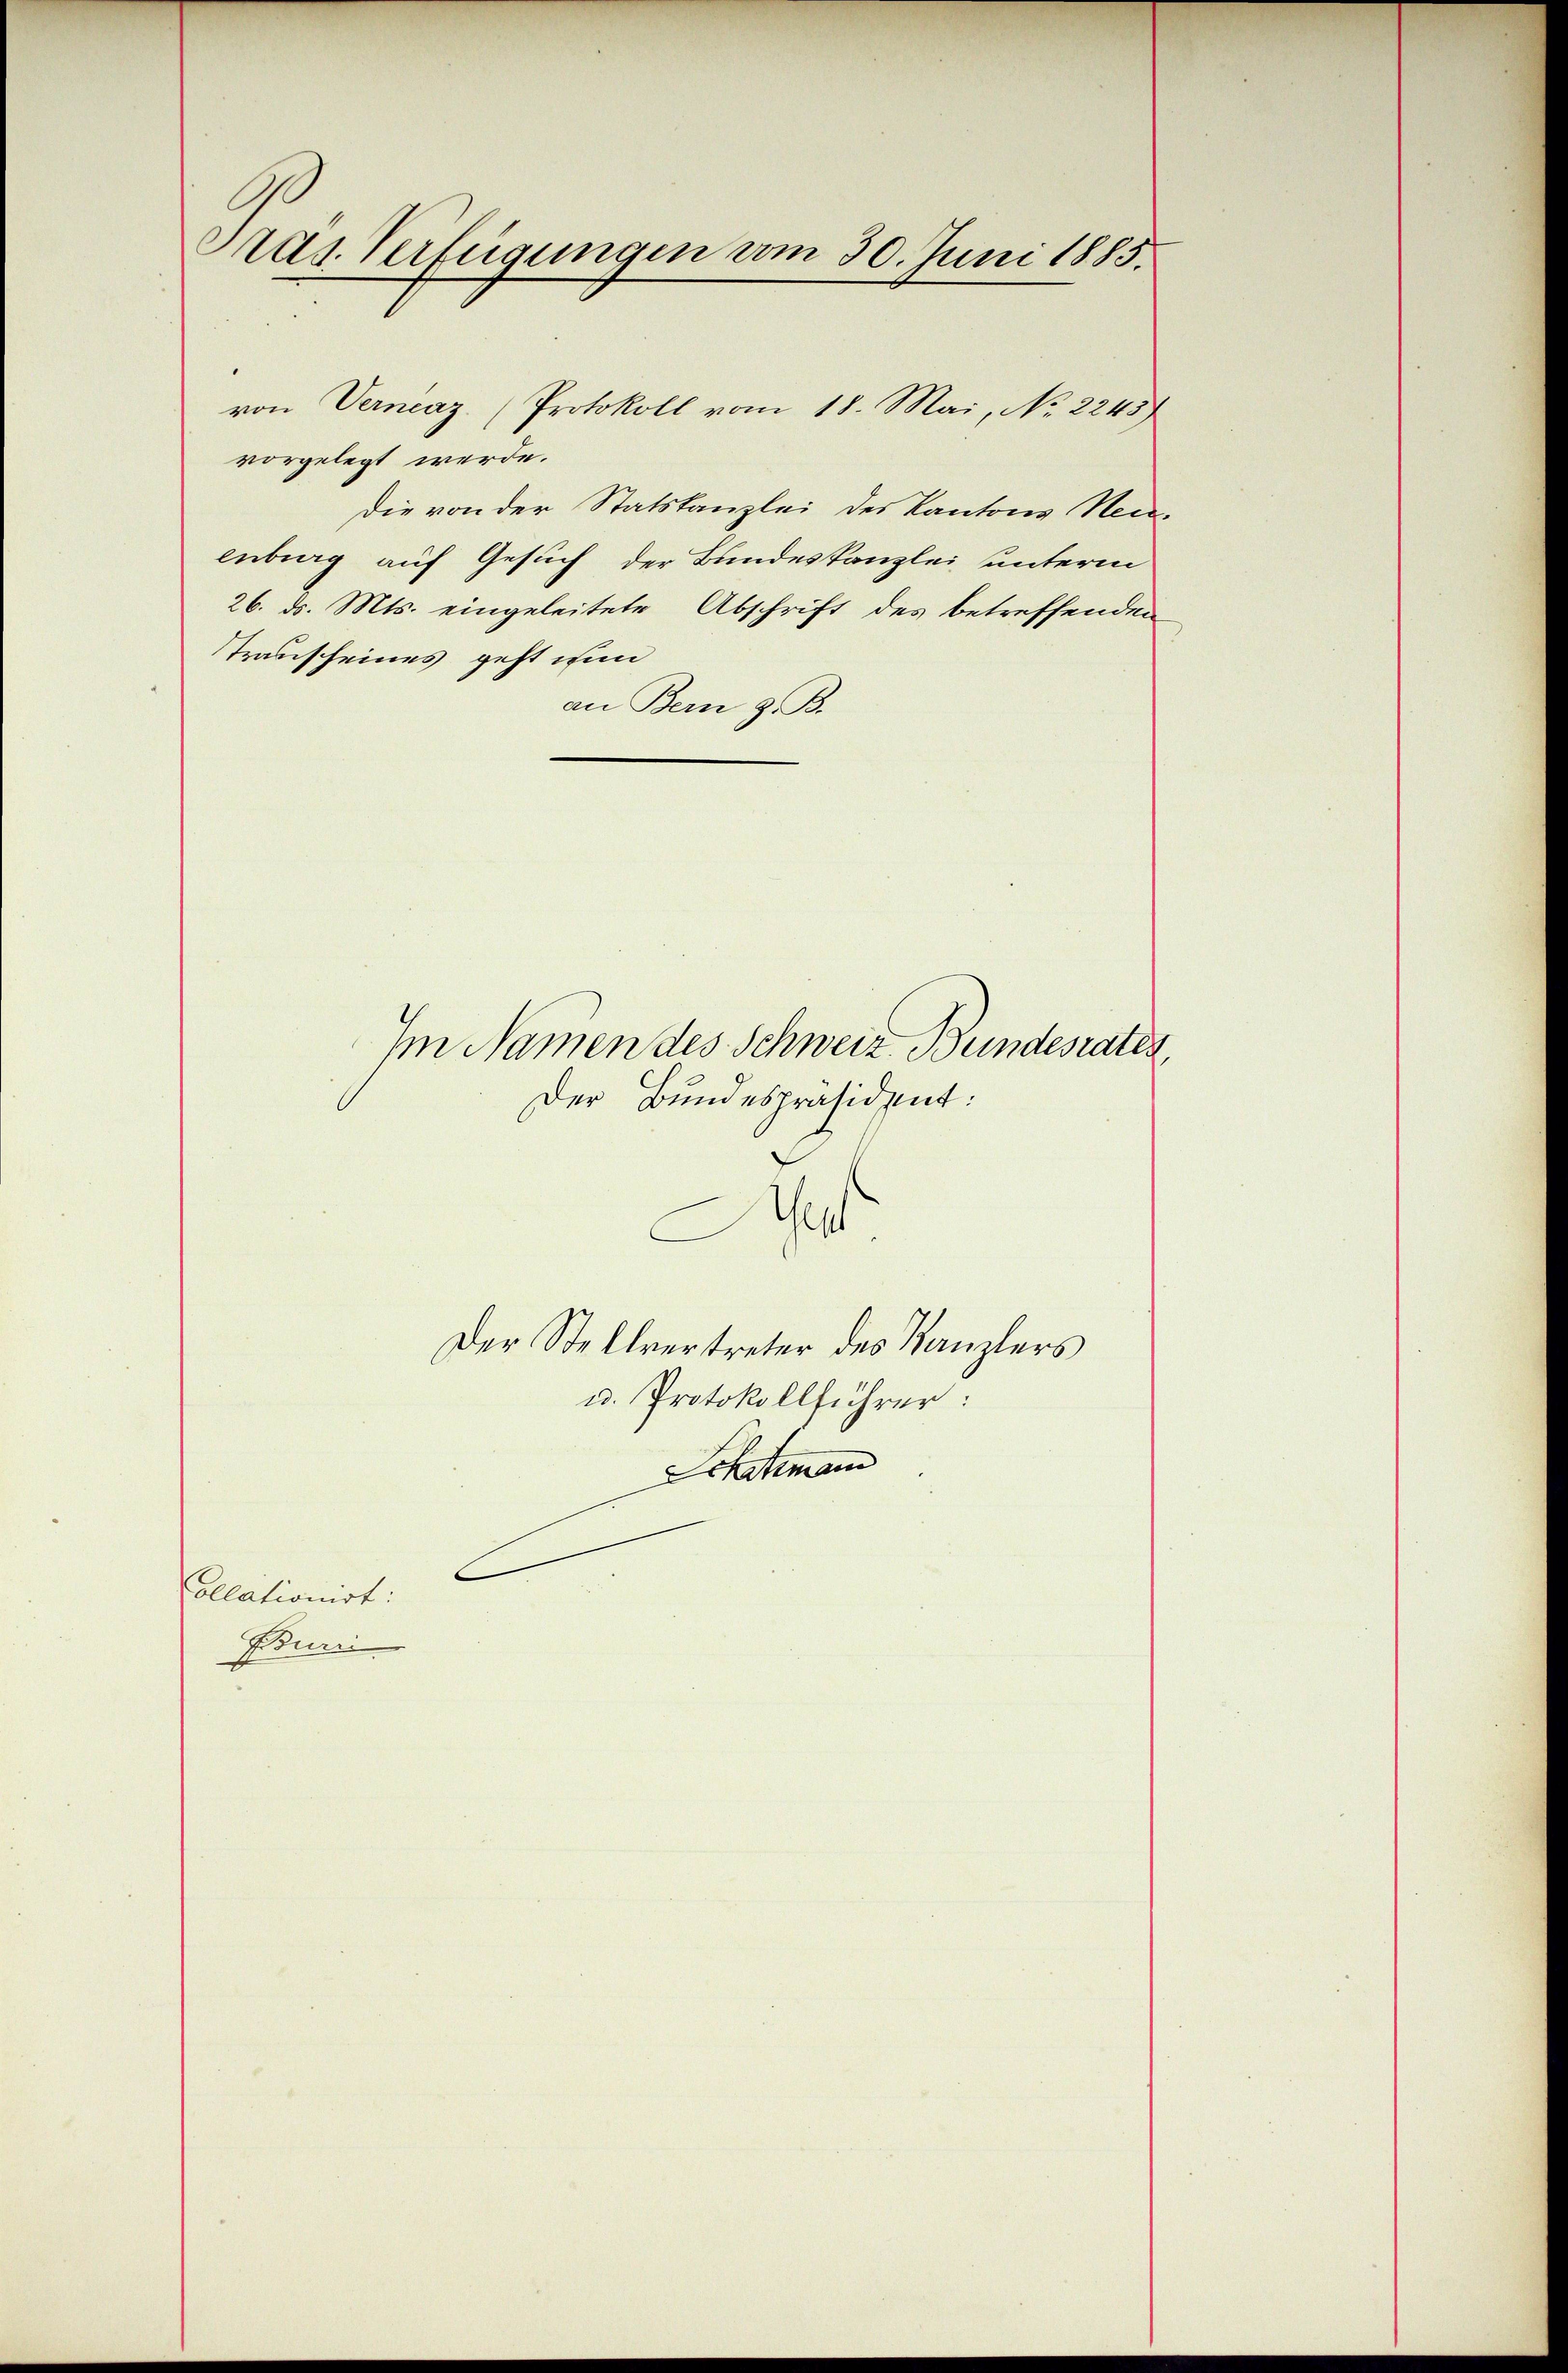
Ads. Verfügungen vom 30. Juni 1885.

von Vernenz. (Protokoll vom 18. Mai, No 2245)
vorgelegt werde.
die von der Statskanzlei des Kantons Neu-
enburg auf Gesuch der Bundeskanzlei unterm
26. d. Mts. eingeleitete Abschrift des betreffenden
Transcheines geht nun
an Bern z. B.

Im Namen des Schweiz. Bundesrates,
Der Bundespräsident:
Test
Der Stellvertreter des Kanzlers
u. Protokollführer:
Schatzmann
ollationirt:

Burri